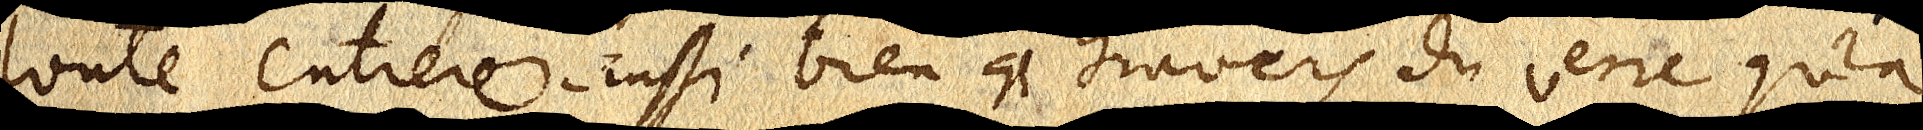
toute entiere aussi bien que travers du verre qu’à